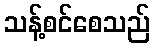
သန့်စင်စေသည်